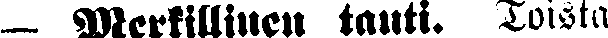
— Merkillinen tauti. Toista